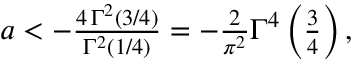
\begin{array} { r } { a < - \frac { 4 \, \Gamma ^ { 2 } \left( 3 / 4 \right) } { \Gamma ^ { 2 } \left( 1 / 4 \right) } = - \frac { 2 } { \pi ^ { 2 } } \Gamma ^ { 4 } \left( \frac { 3 } { 4 } \right) , } \end{array}